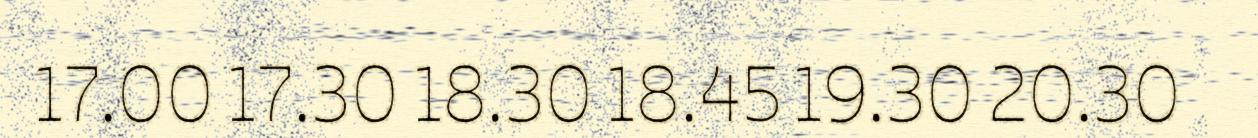
17.00 17.30 18.30 18.45 19.30 20.30